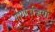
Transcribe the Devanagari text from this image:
गागाउज़िया